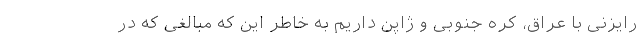
رایزنی با عراق، کره جنوبی و ژاپن داریم به خاطر این که مبالغی که در